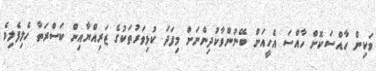
ވަކިން ހާއްސަކޮށް ހާއްސަ އެހީއަށް ބޭނުންވާކުދިންނަށް މިފަދަ ކުޅިވަރުތަކުގެ ޒަރިއްޔާއިން ކަސްރަތާ ހެލިފެލިވެ